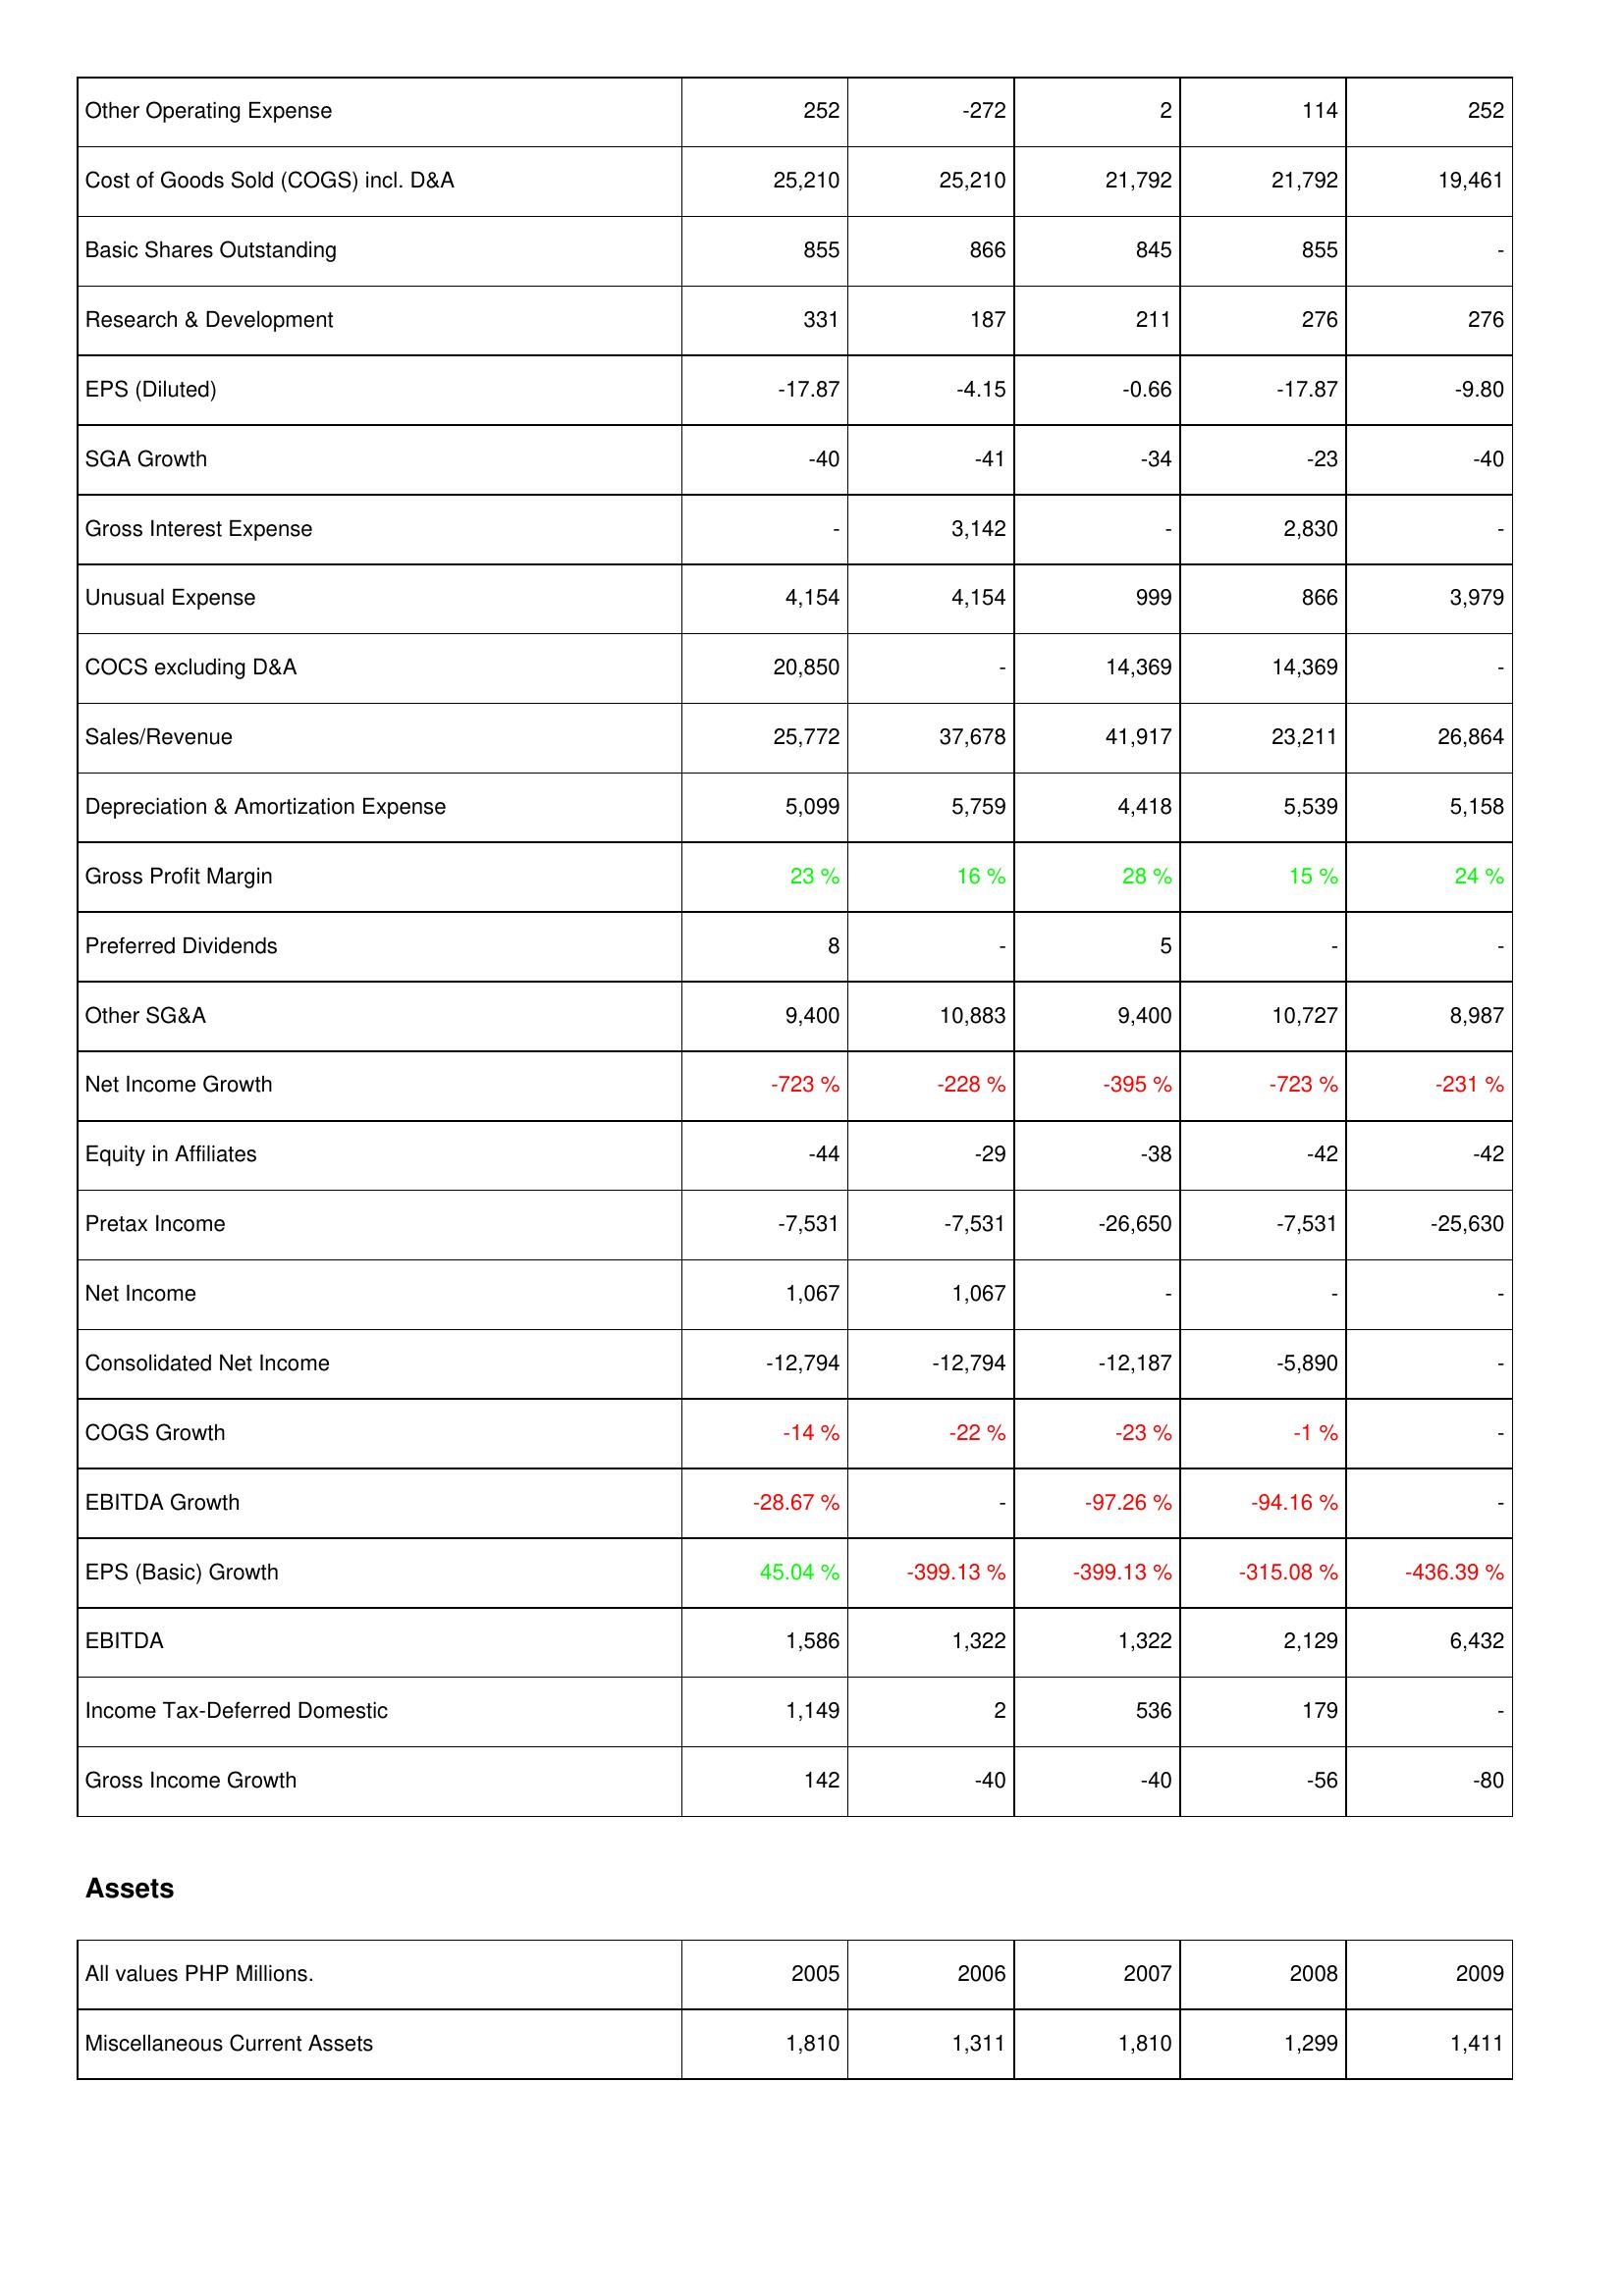
2005: Income Statement: Other Operating Expense: 252
Cost of Goods Sold (COGS) incl. D&A: 25,210
Basic Shares Outstanding: 855
Research & Development: 331
EPS (Diluted): -17.87
SGA Growth: -40
Gross Interest Expense: -
Unusual Expense: 4,154
COCS excluding D&A: 20,850
Sales/Revenue: 25,772
Depreciation & Amortization Expense: 5,099
Gross Profit Margin: 23 %
Preferred Dividends: 8
Other SG&A: 9,400
Net Income Growth: -723 %
Equity in Affiliates: -44
Pretax Income: -7,531
Net Income: 1,067
Consolidated Net Income: -12,794
COGS Growth: -14 %
EBITDA Growth: -28.67 %
EPS (Basic) Growth: 45.04 %
EBITDA: 1,586
Income Tax-Deferred Domestic: 1,149
Gross Income Growth: 142
Assets: Miscellaneous Current Assets: 1,810
2006: Income Statement: Other Operating Expense: -272
Cost of Goods Sold (COGS) incl. D&A: 25,210
Basic Shares Outstanding: 866
Research & Development: 187
EPS (Diluted): -4.15
SGA Growth: -41
Gross Interest Expense: 3,142
Unusual Expense: 4,154
COCS excluding D&A: -
Sales/Revenue: 37,678
Depreciation & Amortization Expense: 5,759
Gross Profit Margin: 16 %
Preferred Dividends: -
Other SG&A: 10,883
Net Income Growth: -228 %
Equity in Affiliates: -29
Pretax Income: -7,531
Net Income: 1,067
Consolidated Net Income: -12,794
COGS Growth: -22 %
EBITDA Growth: -
EPS (Basic) Growth: -399.13 %
EBITDA: 1,322
Income Tax-Deferred Domestic: 2
Gross Income Growth: -40
Assets: Miscellaneous Current Assets: 1,311
2007: Income Statement: Other Operating Expense: 2
Cost of Goods Sold (COGS) incl. D&A: 21,792
Basic Shares Outstanding: 845
Research & Development: 211
EPS (Diluted): -0.66
SGA Growth: -34
Gross Interest Expense: -
Unusual Expense: 999
COCS excluding D&A: 14,369
Sales/Revenue: 41,917
Depreciation & Amortization Expense: 4,418
Gross Profit Margin: 28 %
Preferred Dividends: 5
Other SG&A: 9,400
Net Income Growth: -395 %
Equity in Affiliates: -38
Pretax Income: -26,650
Net Income: -
Consolidated Net Income: -12,187
COGS Growth: -23 %
EBITDA Growth: -97.26 %
EPS (Basic) Growth: -399.13 %
EBITDA: 1,322
Income Tax-Deferred Domestic: 536
Gross Income Growth: -40
Assets: Miscellaneous Current Assets: 1,810
2008: Income Statement: Other Operating Expense: 114
Cost of Goods Sold (COGS) incl. D&A: 21,792
Basic Shares Outstanding: 855
Research & Development: 276
EPS (Diluted): -17.87
SGA Growth: -23
Gross Interest Expense: 2,830
Unusual Expense: 866
COCS excluding D&A: 14,369
Sales/Revenue: 23,211
Depreciation & Amortization Expense: 5,539
Gross Profit Margin: 15 %
Preferred Dividends: -
Other SG&A: 10,727
Net Income Growth: -723 %
Equity in Affiliates: -42
Pretax Income: -7,531
Net Income: -
Consolidated Net Income: -5,890
COGS Growth: -1 %
EBITDA Growth: -94.16 %
EPS (Basic) Growth: -315.08 %
EBITDA: 2,129
Income Tax-Deferred Domestic: 179
Gross Income Growth: -56
Assets: Miscellaneous Current Assets: 1,299
2009: Income Statement: Other Operating Expense: 252
Cost of Goods Sold (COGS) incl. D&A: 19,461
Basic Shares Outstanding: -
Research & Development: 276
EPS (Diluted): -9.80
SGA Growth: -40
Gross Interest Expense: -
Unusual Expense: 3,979
COCS excluding D&A: -
Sales/Revenue: 26,864
Depreciation & Amortization Expense: 5,158
Gross Profit Margin: 24 %
Preferred Dividends: -
Other SG&A: 8,987
Net Income Growth: -231 %
Equity in Affiliates: -42
Pretax Income: -25,630
Net Income: -
Consolidated Net Income: -
COGS Growth: -
EBITDA Growth: -
EPS (Basic) Growth: -436.39 %
EBITDA: 6,432
Income Tax-Deferred Domestic: -
Gross Income Growth: -80
Assets: Miscellaneous Current Assets: 1,411